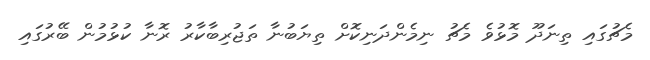
މެޗުގައި ތިނަދޫ މޮޅުވެ މެޗު ނިމެންދަނިކޮށް ތިޔަބުނާ ތަޖުރިބާކާރު ރޮނާ ކުޅުމުން ބޭރުގައި